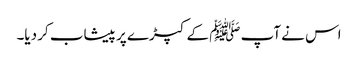
اس نے آپ ﷺ کے کپڑے پر پیشاب کر دیا۔